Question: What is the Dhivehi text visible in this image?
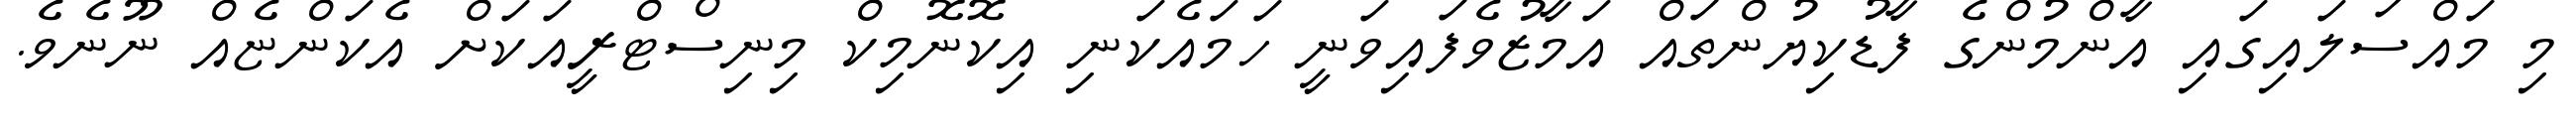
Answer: މި މައްސަލައިގައި އާންމުންގެ ފާޑުކިޔުންތައް އަމާޒުވެފައިވަނީ ހަމައެކަނި އިކޮނޮމިކް މިނިސްޓްރީއަކަށް އެކަންޏެއް ނޫނެވެ.